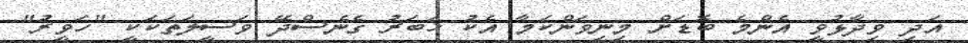
އަދި ވިދާޅުވީ އެންމެ ބޮޑަށް މިނިވަންކަމާ އެކު ޚަބަރު ގެނެސްދޭ ވަސީލަތަކަކީ "ހަވީރު"